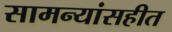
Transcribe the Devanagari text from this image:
सामन्यांसहीत